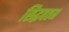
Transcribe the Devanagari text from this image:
सिद्धवतम